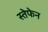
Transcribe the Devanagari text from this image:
स्तेफेन